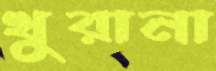
খুরানা